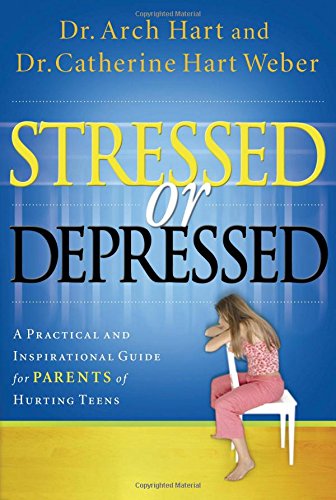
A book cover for Stressed or Depressed: A Practical and Inspirational Guide for Parents of Hurting Teens; Dr Archibald D Hart; Teen & Young Adult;